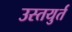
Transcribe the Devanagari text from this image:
उस्तयुर्त